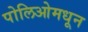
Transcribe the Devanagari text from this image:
पोलिओमधून